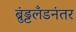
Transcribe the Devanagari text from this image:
ब्रुंड्टलँडनंतर